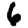
Digit: 6